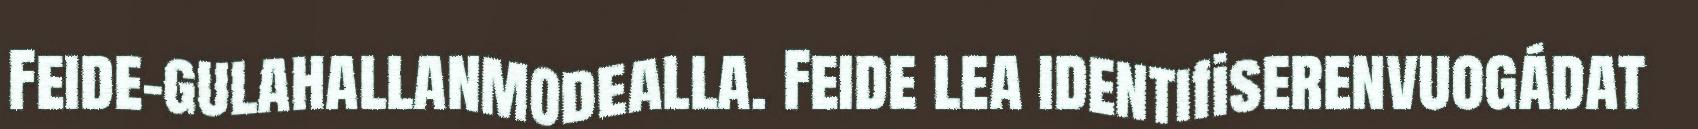
Feide-gulahallanmodealla. Feide lea identifiserenvuogádat